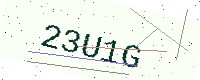
Text: 23U1G